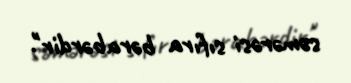
səmərəsi sıfıra bərabərdir".